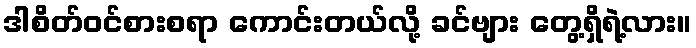
ဒါစိတ်ဝင်စားစရာ ကောင်းတယ်လို့ ခင်ဗျား တွေ့ရှိရဲ့လား။